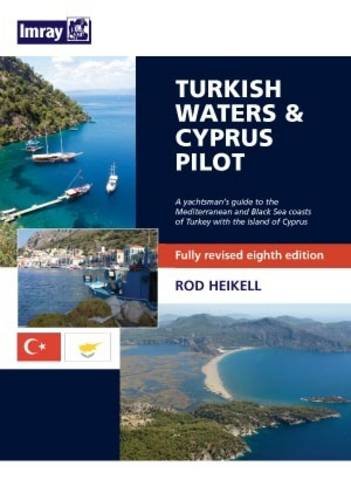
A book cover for Turkish Waters & Cyprus Pilot; Rod Heikell; Travel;